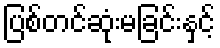
ပြစ်တင်ဆုံးမခြင်းနှင့်